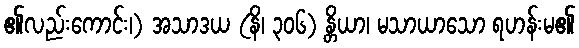
၏လည်းကောင်း၊) အသာဒယ (နိ၊ ၃၀၆) န္တိယာ၊ မသာယာသော ရဟန်းမ၏